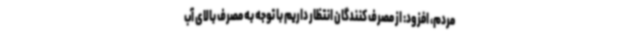
مردم، افزود: از مصرف‌ کنندگان انتظار داریم با توجه به مصرف بالای آب